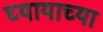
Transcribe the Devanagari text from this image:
घ्यायाच्या